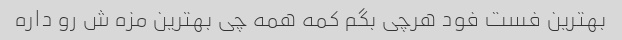
بهترین فست فود هرچی بگم کمه همه چی بهترین مزه ش رو داره